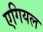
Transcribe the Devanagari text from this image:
एगियल